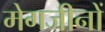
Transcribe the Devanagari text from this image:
मेगजीनों